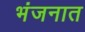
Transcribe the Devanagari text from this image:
भंजनात